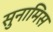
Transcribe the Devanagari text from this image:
सुनामिस